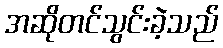
အဆိုတင်သွင်းခဲ့သည်